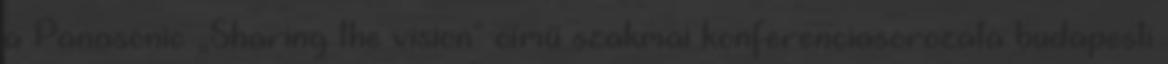
a Panasonic „Sharing the vision" című szakmai konferenciasorozata budapesti